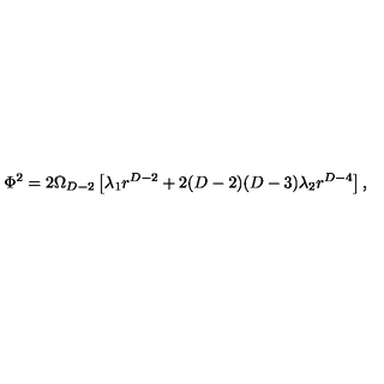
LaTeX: \Phi ^ { 2 } = 2 \Omega _ { D - 2 } \left[ \lambda _ { 1 } r ^ { D - 2 } + 2 ( D - 2 ) ( D - 3 ) \lambda _ { 2 } r ^ { D - 4 } \right] ,